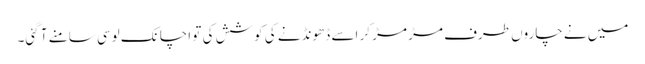
میں نے چاروں طرف مڑ مڑ کر اسے ڈھونڈنے کی کوشش کی تو اچانک لوسی سامنے آ گئی۔